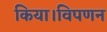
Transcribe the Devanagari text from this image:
किया।विपणन